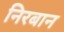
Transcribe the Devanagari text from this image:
निरबान